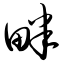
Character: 畔